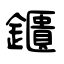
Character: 鑎